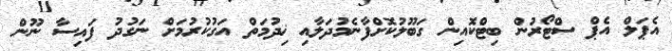
އެޕަލް އެޕް ސްޓޯރުން ބިޓްކޮއިން ގަބޫލުކޮށްފާނެމުދަލާއި ޚިދުމަތް އަގުކުރުމަށް ނަގުދު ފައިސާ ނޫން